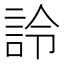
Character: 詅